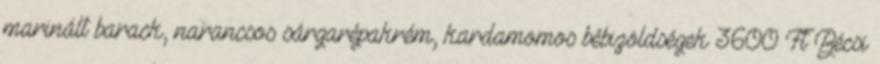
marinált barack, narancsos sárgarépakrém, kardamomos bébizöldségek 3600 Ft Bécsi